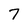
Character: 7